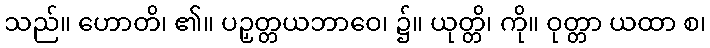
သည်။ ဟောတိ၊ ၏။ ပဉှတ္တယဘာဝေ၊ ၌။ ယုတ္တိ၊ ကို။ ဝုတ္တာ ယထာ စ၊